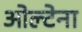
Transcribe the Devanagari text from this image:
ओल्टेना